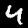
Digit: 4